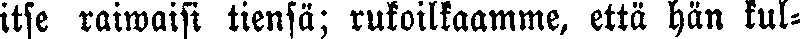
itse raiwaisi tiensä; rukoilkaamme, että hän kul-